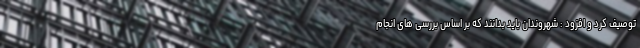
توصیف کرد و افزود : شهروندان باید بدانند که بر اساس بررسی های انجام